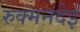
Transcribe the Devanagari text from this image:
रुक्मनदेई